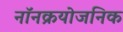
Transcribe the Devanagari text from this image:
नॉनक्रयोजनिक